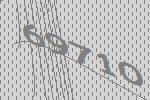
69710